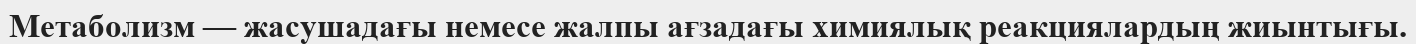
Метаболизм — жасушадағы немесе жалпы ағзадағы химиялық реакциялардың жиынтығы.